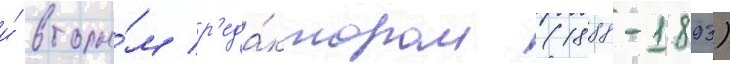
и́ вторы́м р'еда́ктором (1888-1893)